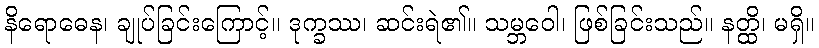
နိရောဓေန၊ ချုပ်ခြင်းကြောင့်။ ဒုက္ခဿ၊ ဆင်းရဲ၏။ သမ္ဘဝေါ၊ ဖြစ်ခြင်းသည်။ နတ္ထိ၊ မရှိ။